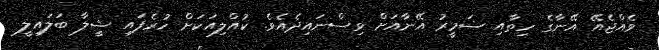
ވެއްޖެއޭ އޭނާގެ ހިތާއި ޟަމީރު އޭނާއަށް ވިސްނައިދެއެވެ. ކުއްލިއަކަށް ހުރެފައި ޝީލާ ބަލައިލީ